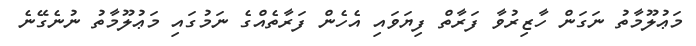
މަޢުލޫމާތު ނަގަން ހާޒިރުވާ ފަރާތް ފިޔަވައި އެހެން ފަރާތެއްގެ ނަމުގައި މަޢުލޫމާތު ނުނެގޭނެ